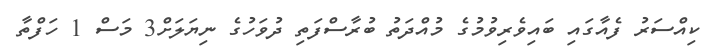
ކިއްސަރު ފެއާގައި ބައިވެރިވުމުގެ މުއްދަތު ބުރާސްފަތި ދުވަހުގެ ނިޔަލަށް3 މަސް 1 ހަފްތާ